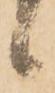
候